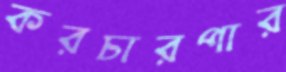
করচারপার